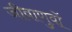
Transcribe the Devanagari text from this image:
जीवाणुवों